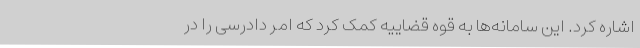
اشاره کرد. این سامانه‌ها به قوه قضاییه کمک کرد که امر دادرسی را در